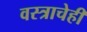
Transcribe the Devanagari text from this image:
वस्त्राचेही